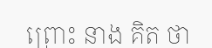
ព្រោះ នាង គិត ថា